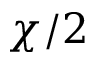
\chi / 2